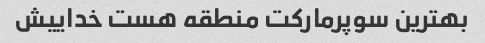
بهترین سوپرمارکت منطقه هست خداییش